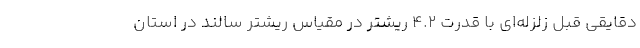
دقایقی قبل زلزله‌ای با قدرت ۴.۲ ریشتر در مقیاس ریشتر سالند در استان